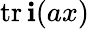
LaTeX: \operatorname{tr\mathbf{i}}(ax)